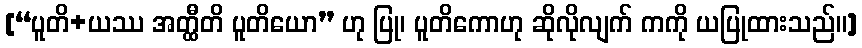
[“ပူတိ+ယဿ အတ္ထီတိ ပူတိယော” ဟု ပြု၊ ပူတိကောဟု ဆိုလိုလျက် ကကို ယပြုထားသည်။]